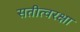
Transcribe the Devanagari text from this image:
सतीत्वरक्षा